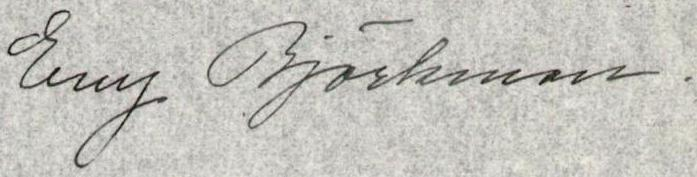
Evy Björkman.